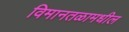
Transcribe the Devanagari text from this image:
विमानतळामधील